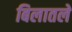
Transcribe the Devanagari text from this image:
बिलातले